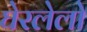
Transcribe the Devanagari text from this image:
घेरलेलो